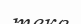
теке